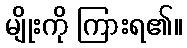
မျိုးကို ကြားရ၏။